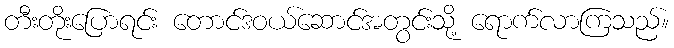
တီးတိုးပြောရင်း တောင်ဒဝယ်ဆောင်အတွင်းသို့ ရောက်လာကြသည်။